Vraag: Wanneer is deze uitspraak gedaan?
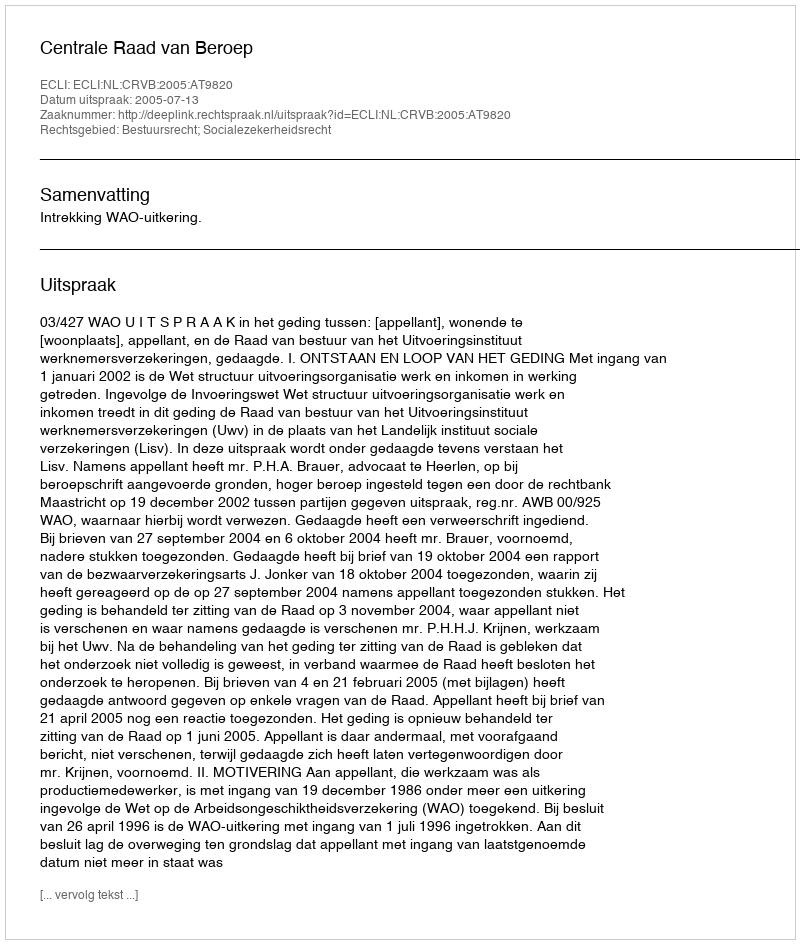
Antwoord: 2005-07-13